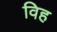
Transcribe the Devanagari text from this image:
विह